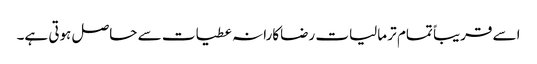
اسے قریباً تمام تر مالیات رضاکارانہ عطیات سے حاصل ہوتی ہے۔